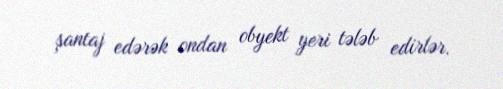
şantaj edərək ondan obyekt yeri tələb edirlər.